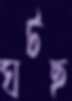
ঘটছ